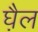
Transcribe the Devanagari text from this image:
घ़ैल